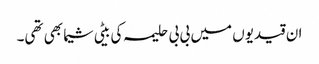
ان قیدیوں میں بی بی حلیمہ کی بیٹی شیما بھی تھی۔